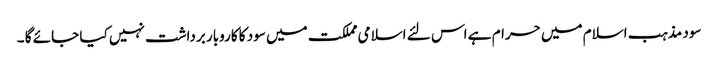
سود مذہب اسلام میں حرام ہے اس لئے اسلامی مملکت میں سود کا کاروبار برداشت نہیں کیا جائے گا ۔